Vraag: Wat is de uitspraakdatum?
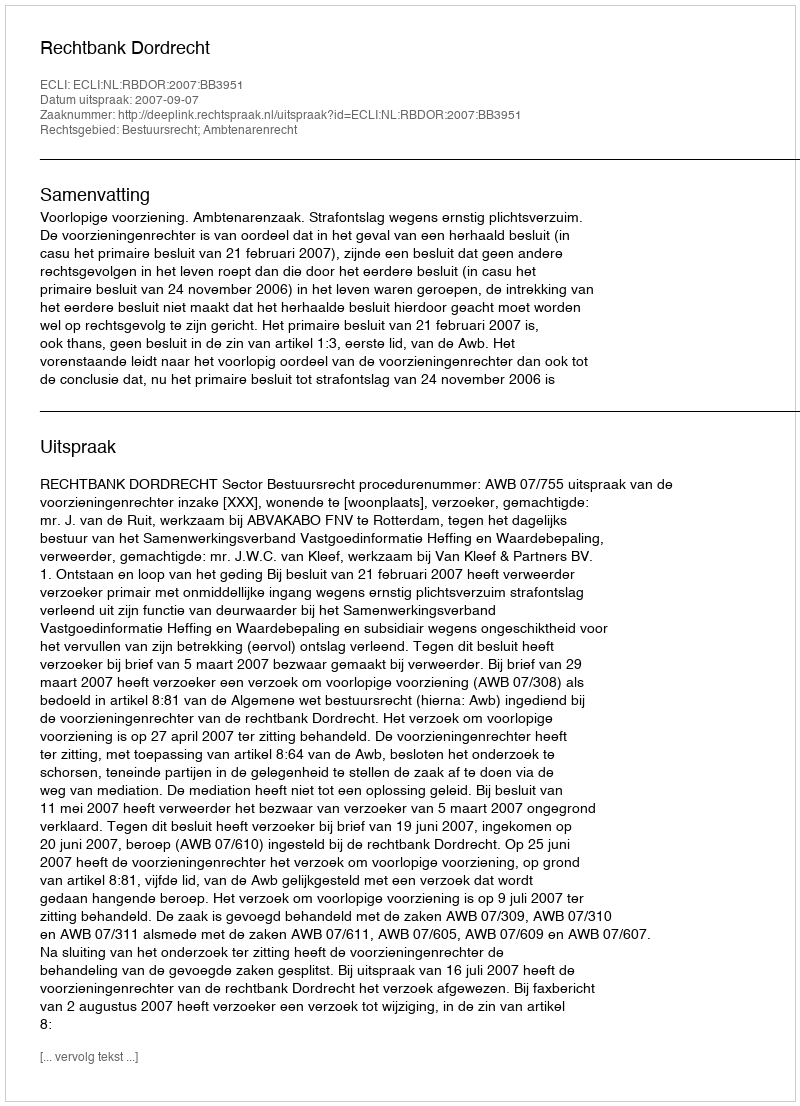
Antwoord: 2007-09-07